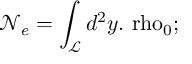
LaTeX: \mathcal { N } _ { e } = \int _ { \mathcal { L } } d ^ { 2 } y . \mathrm { \ r h o } _ { 0 } \mathrm { ; \quad }